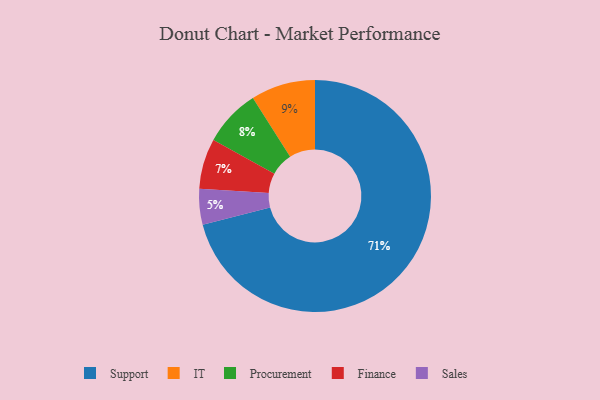
{"axis": {"x": "Category", "y": "Percentage"}, "legend": ["Finance", "IT", "Procurement", "Sales", "Support"], "data": [{"x": "Finance", "y": 7, "type": "Finance"}, {"x": "IT", "y": 9, "type": "IT"}, {"x": "Procurement", "y": 8, "type": "Procurement"}, {"x": "Support", "y": 71, "type": "Support"}, {"x": "Sales", "y": 5, "type": "Sales"}]}